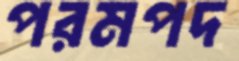
পরমপদ